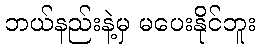
ဘယ်နည်းနဲ့မှ မပေးနိုင်ဘူး